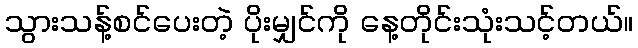
သွားသန့်စင်ပေးတဲ့ ပိုးမျှင်ကို နေ့တိုင်းသုံးသင့်တယ်။